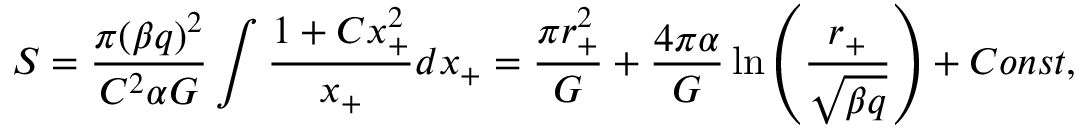
S = \frac { \pi ( \beta q ) ^ { 2 } } { C ^ { 2 } \alpha G } \int \frac { 1 + C x _ { + } ^ { 2 } } { x _ { + } } d x _ { + } = \frac { \pi r _ { + } ^ { 2 } } { G } + \frac { 4 \pi \alpha } { G } \ln \left( \frac { r _ { + } } { \sqrt { \beta q } } \right) + C o n s t ,